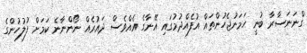
ގްނަނަސާރާ ބުނީ ހަމަނުޖެހުންތައް އުފެއްދުމުގައި އޭނާގެ އެއްވެސް ދައުރެއް ނޯންނާނެ ކަމަށް ފުލުހުންގެ